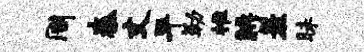
周秦丈平勒推腆羞昧